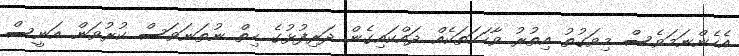
އެހެންނަމަވެސް މިވަގުތު އިތުރު ވާހަކަތަކެއް ދައްކައިގެން ދަރިފުޅުގެ ހިތް ނުތަނަވަސް ކުރުވަން އަނީސް